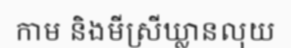
កាម និងមីស្រីឃ្លានលុយ